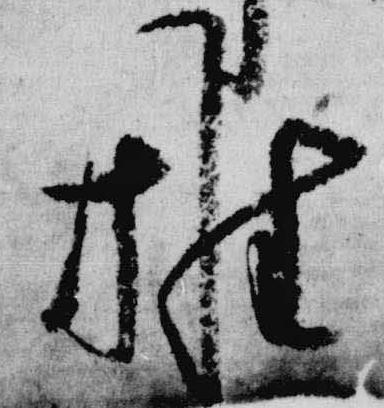
推